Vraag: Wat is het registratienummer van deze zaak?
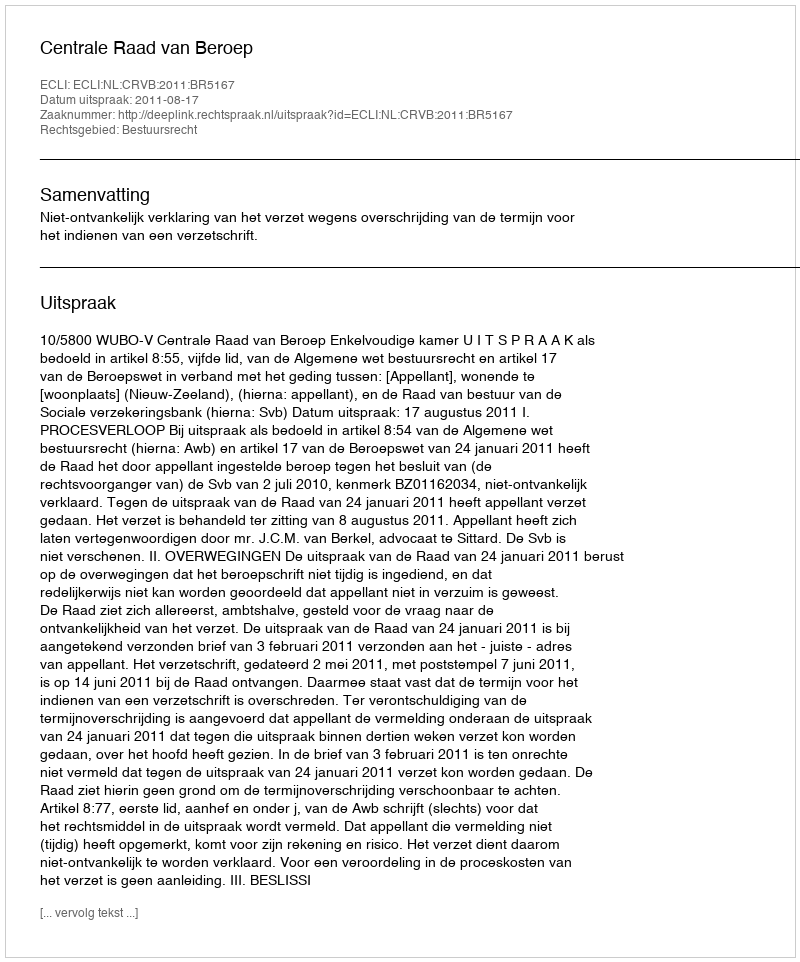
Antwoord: http://deeplink.rechtspraak.nl/uitspraak?id=ECLI:NL:CRVB:2011:BR5167